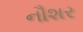
નૌશર